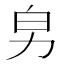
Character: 𠡈